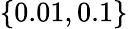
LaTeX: \lbrace 0.01,0.1\rbrace